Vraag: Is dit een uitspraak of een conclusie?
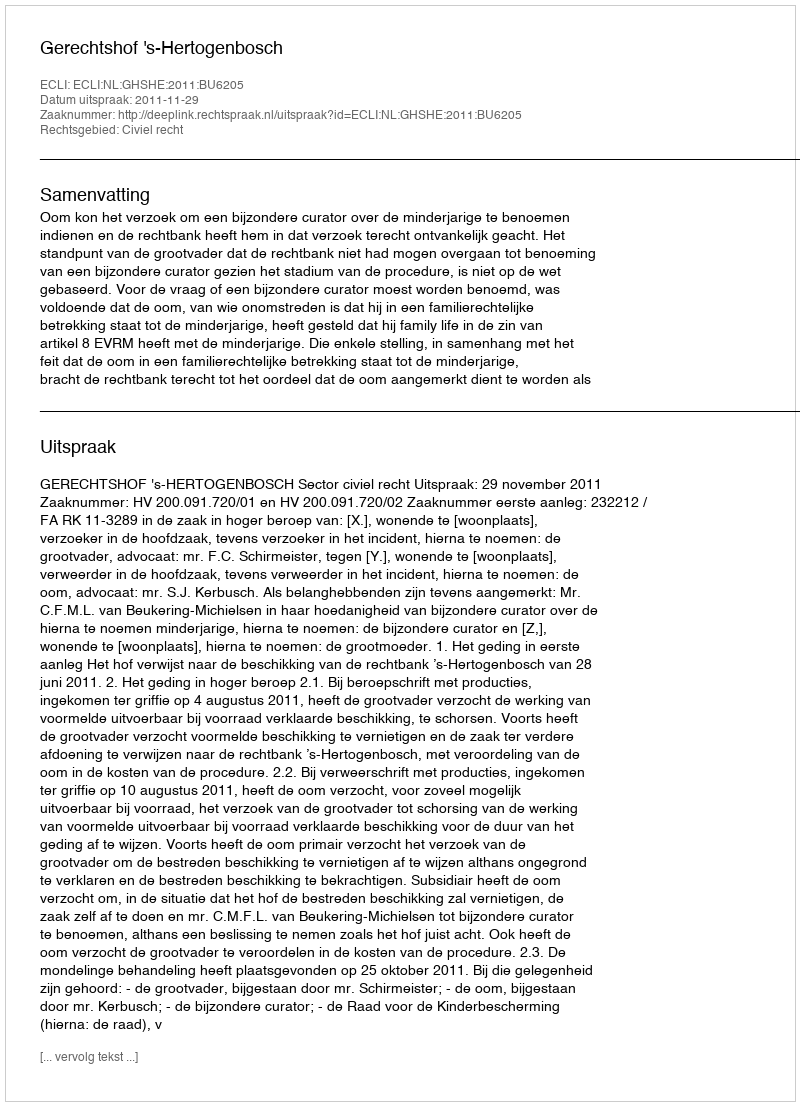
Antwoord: Uitspraak